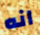
انه